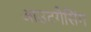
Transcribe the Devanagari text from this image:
आउटगैसिंग